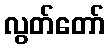
လွတ်တော်